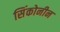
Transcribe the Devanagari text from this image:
सिंकोनीन